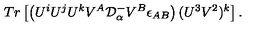
T r \left[ \left( U ^ { i } U ^ { j } U ^ { k } V ^ { A } { \cal D } _ { \alpha } ^ { - } V ^ { B } \epsilon _ { A B } \right) ( U ^ { 3 } V ^ { 2 } ) ^ { k } \right] .